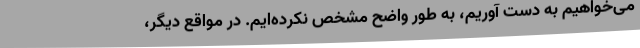
می‌خواهیم به دست آوریم، به طور واضح مشخص نکرده‌ایم. در مواقع دیگر،